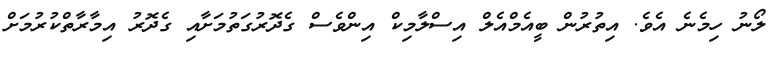
ލޯނު ހިމެނެ އެވެ. އިތުރުން ބީއެމްއެލް އިސްލާމިކް އިންވެސް ގެދޮރުގަތުމަށާއި ގެދޮރު އިމާރާތްކުރުމަށް